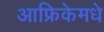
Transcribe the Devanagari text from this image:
आफ्रिकेमधे